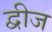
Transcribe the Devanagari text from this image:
द्वीज